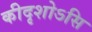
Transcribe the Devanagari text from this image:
कीदृशोऽसि